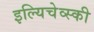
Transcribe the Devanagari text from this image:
इल्यिचेव्स्की